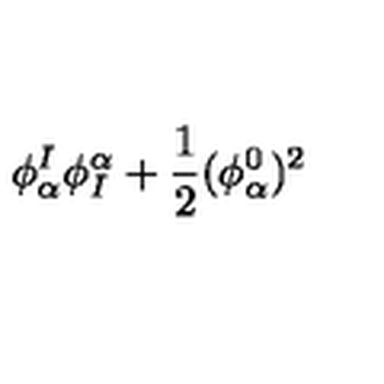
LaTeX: \phi _ { \alpha } ^ { I } \phi _ { I } ^ { \alpha } + { \frac { 1 } { 2 } } ( \phi _ { \alpha } ^ { 0 } ) ^ { 2 }